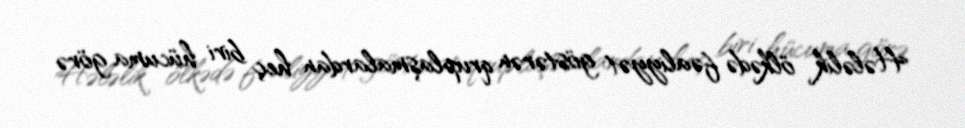
Hələlik ölkədə fəaliyyət göstərən qruplaşmalardan heç biri hücuma görə